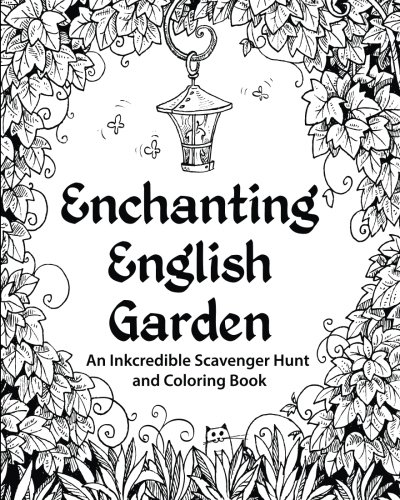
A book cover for Enchanting English Garden: An Inkcredible Scavenger Hunt and Coloring Book; H.R. Wallace Publishing; Crafts, Hobbies & Home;